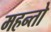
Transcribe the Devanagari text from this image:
महन्तो